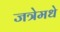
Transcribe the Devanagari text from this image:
जत्रेमधे